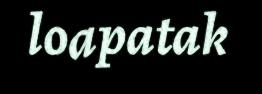
loapatak